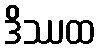
ဒိဿထ